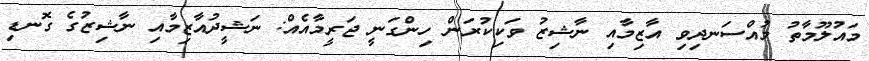
މައުލޫމާތު މުއްސަނދިވި އާޒިމާއި ނާޝިޒު ވަކިކުރަން ހިންގަނީ ޖަރީމާއެއް: ނަޝީދުއާޒިމާއި ނާޝިޒުގެ ގޮނޑި